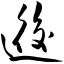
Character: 逅